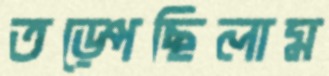
তড়্‌পেছিলাম